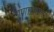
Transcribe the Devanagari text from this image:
गुणाढ्याय